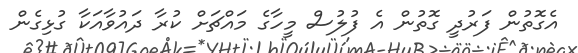
އެގޮތުން ފަރުދީ ގޮތުން އެ ފުލުސް މީހާގެ މައްޗަށް ކުރާ ދައުވާއަކާ ގުޅިގެން